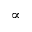
\propto